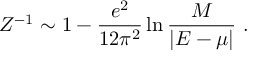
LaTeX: Z ^ { - 1 } \sim 1 - \frac { e ^ { 2 } } { 1 2 \pi ^ { 2 } } \ln { \frac { M } { | E - \mu | } } \ .